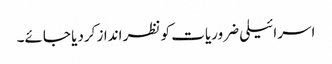
اسرائیلی ضروریات کو نظر انداز کردیا جائے۔